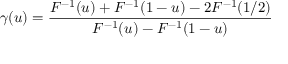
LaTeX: \gamma ( u ) = { \frac { F ^ { - 1 } ( u ) + F ^ { - 1 } ( 1 - u ) - 2 F ^ { - 1 } ( 1 / 2 ) } { F ^ { - 1 } ( u ) - F ^ { - 1 } ( 1 - u ) } }